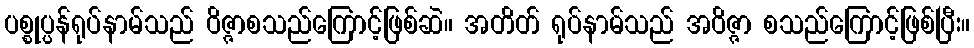
ပစ္စုပ္ပန်ရုပ်နာမ်သည် ဝိဇ္ဇာစသည်ကြောင့်ဖြစ်ဆဲ။ အတိတ် ရုပ်နာမ်သည် အဝိဇ္ဇာ စသည်ကြောင့်ဖြစ်ပြီး။